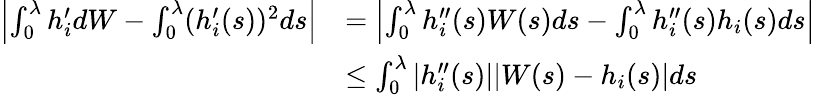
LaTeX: \begin{array}{rl}{\left|\int_{0}^{\lambda}h_{i}^{\prime}dW-\int_{0}^{\lambda}(h_{i}^{\prime}(s))^{2}ds\right|}&{=\left|\int_{0}^{\lambda}h_{i}^{\prime\prime}(s)W(s)ds-\int_{0}^{\lambda}h_{i}^{\prime\prime}(s)h_{i}(s)ds\right|}\\ &{\le\int_{0}^{\lambda}|h_{i}^{\prime\prime}(s)||W(s)-h_{i}(s)|ds}\end{array}